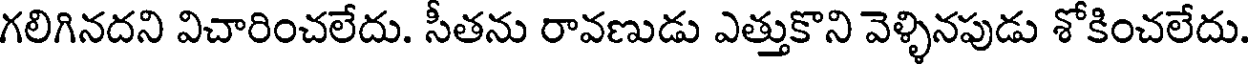
గలిగినదని విచారించలేదు. సీతను రావణుడు ఎత్తుకొని వెళ్ళినపుడు శోకించలేదు.